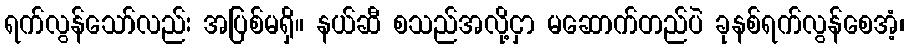
ရက်လွန်သော်လည်း အပြစ်မရှိ။ နယ်ဆီ စသည်အလို့ငှာ မဆောက်တည်ပဲ ခုနစ်ရက်လွန်စေအံ့၊